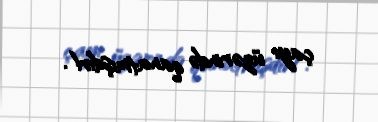
çayı üzərində qanatmışdır!.